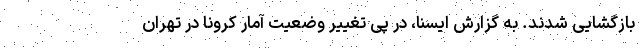
بازگشایی شدند. به گزارش ایسنا، در پی تغییر وضعیت آمار کرونا در تهران